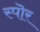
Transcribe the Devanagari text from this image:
स्पॊर